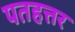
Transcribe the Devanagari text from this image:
पतहत्तर